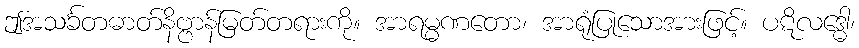
ဤအသင်္ခတဓာတ်နိဗ္ဗာန်မြတ်တရားကို။ အာရမ္မဏတော၊ အာရုံပြုသောအားဖြင့်။ ပဋိလဒ္ဓေါ၊